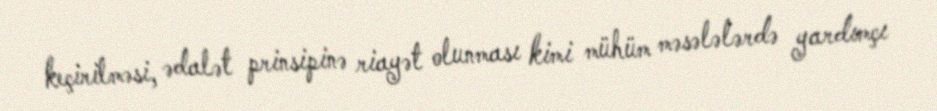
keçirilməsi, ədalət prinsipinə riayət olunması kimi mühüm məsələlərdə yardımçı